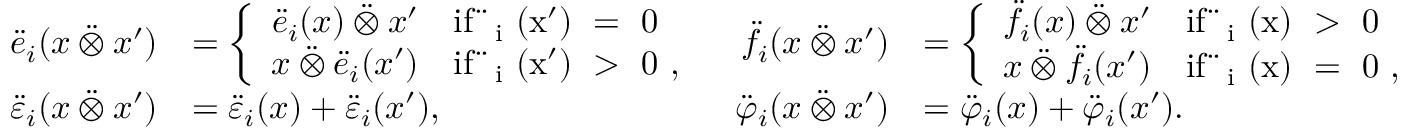
\begin{array} { r l r l } { \ddot { e } _ { i } ( x \mathbin { \ddot { \otimes } } x ^ { \prime } ) } & { = \left\{ \begin{array} { l l } { \ddot { e } _ { i } ( x ) \mathbin { \ddot { \otimes } } x ^ { \prime } } & { \mathrm { i f ~ \ddot { \varepsilon } _ i ~ ( x ' ) ~ = ~ 0 ~ } } \\ { x \mathbin { \ddot { \otimes } } \ddot { e } _ { i } ( x ^ { \prime } ) } & { \mathrm { i f ~ \ddot { \varepsilon } _ i ~ ( x ' ) ~ > ~ 0 ~ , } } \end{array} \right. } & { \ddot { f } _ { i } ( x \mathbin { \ddot { \otimes } } x ^ { \prime } ) } & { = \left\{ \begin{array} { l l } { \ddot { f } _ { i } ( x ) \mathbin { \ddot { \otimes } } x ^ { \prime } } & { \mathrm { i f ~ \ddot { \varphi } _ i ~ ( x ) ~ > ~ 0 ~ } } \\ { x \mathbin { \ddot { \otimes } } \ddot { f } _ { i } ( x ^ { \prime } ) } & { \mathrm { i f ~ \ddot { \varphi } _ i ~ ( x ) ~ = ~ 0 ~ , } } \end{array} \right. } \\ { \ddot { \varepsilon } _ { i } ( x \mathbin { \ddot { \otimes } } x ^ { \prime } ) } & { = \ddot { \varepsilon } _ { i } ( x ) + \ddot { \varepsilon } _ { i } ( x ^ { \prime } ) , } & { \ddot { \varphi } _ { i } ( x \mathbin { \ddot { \otimes } } x ^ { \prime } ) } & { = \ddot { \varphi } _ { i } ( x ) + \ddot { \varphi } _ { i } ( x ^ { \prime } ) . } \end{array}